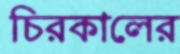
চিরকালের